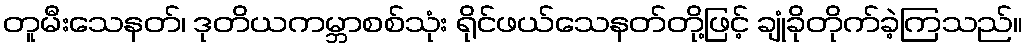
တူမီးသေနတ်၊ ဒုတိယကမ္ဘာစစ်သုံး ရိုင်ဖယ်သေနတ်တို့ဖြင့် ချုံခိုတိုက်ခဲ့ကြသည်။